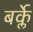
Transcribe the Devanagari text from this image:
बर्क्ले